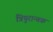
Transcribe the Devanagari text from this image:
त्रिपुरान्तक